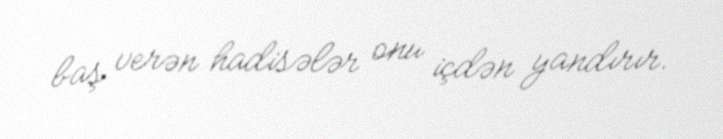
baş verən hadisələr onu içdən yandırır.